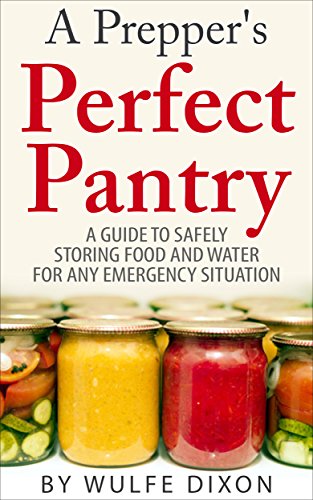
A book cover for A Prepper's Perfect Pantry: A Guide To Safely Storing Food And Water For Any Emergency Situation(Preppers Survival,Preppers Supplies, Survival Pantry); Wulfe Dixon; Cookbooks, Food & Wine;